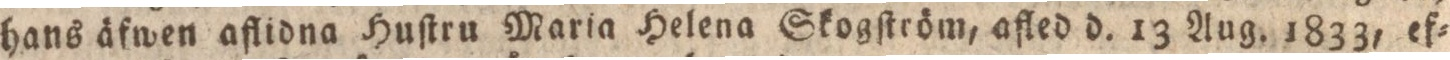
hans äfwen aflidna Huſtru Maria Helena Skogſtröm, afled d. 13 Aug. 1833, ef=